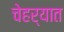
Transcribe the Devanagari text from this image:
चेहर्‍यात